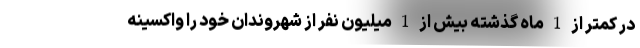
در کمتر از 1 ماه گذشته بیش از 1 میلیون نفر از شهروندان خود را واکسینه